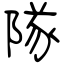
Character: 隊